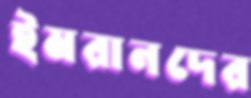
ইমরানদের